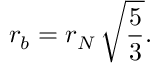
r _ { b } = r _ { N } \, \sqrt { \frac { 5 } { 3 } } .